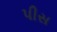
પીસ